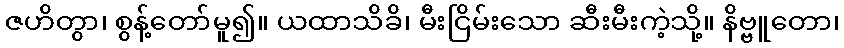
ဇဟိတွာ၊ စွန့်တော်မူ၍။ ယထာသိခိ၊ မီးငြိမ်းသော ဆီးမီးကဲ့သို့။ နိဗ္ဗူတော၊